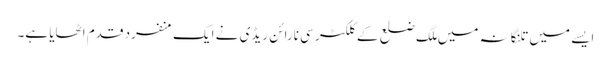
ایسے میں تلنگانہ میں ملگ ضلع کے کلکٹر سی نارائن ریڈی نے ایک منفرد قدم اٹھایا ہے۔